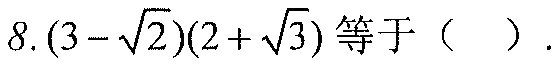
8.\((3 - \sqrt{2})(2+\sqrt{3})\)等于（  ）.